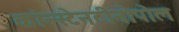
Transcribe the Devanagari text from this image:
कांन्स्टेनटीनोपोल